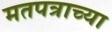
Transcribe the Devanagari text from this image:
मतपत्राच्या